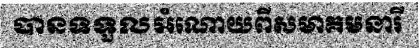
បានទទួលអំណោយពីសមាគមនារី